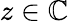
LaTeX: z\in\mathbb{C}